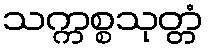
သက္ကစ္စသုတ္တံ